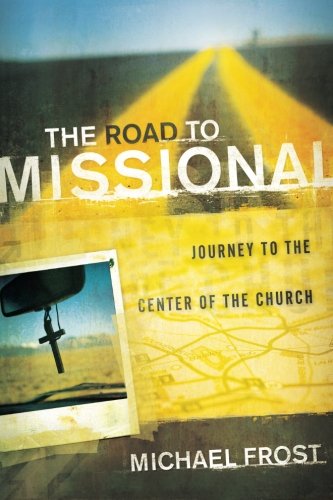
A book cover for The Road to Missional: Journey to the Center of the Church (Shapevine); Michael Frost; Christian Books & Bibles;